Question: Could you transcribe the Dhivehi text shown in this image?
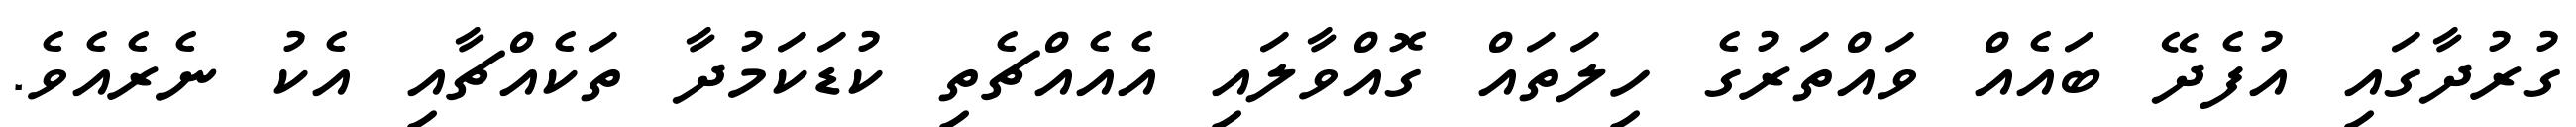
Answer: ގުރުދާގައި އުފެދޭ ބައެއް ވައްތަރުގެ ހިލަތައް ގޮއްވާލައި އެއެއްޗެތި ކުޑަކަމުދާ ތަކެއްޗާއި އެކު ނެރެއެވެ.